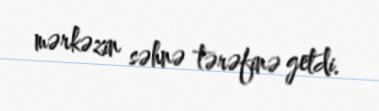
mərkəzin səhnə tərəfinə getdi.